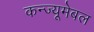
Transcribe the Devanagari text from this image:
कन्ज्यूमेबल